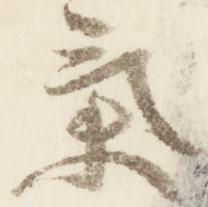
気